Annual report on the working of the mental hospitals in the Madras Presidency - 1912-1932
Year: 1912
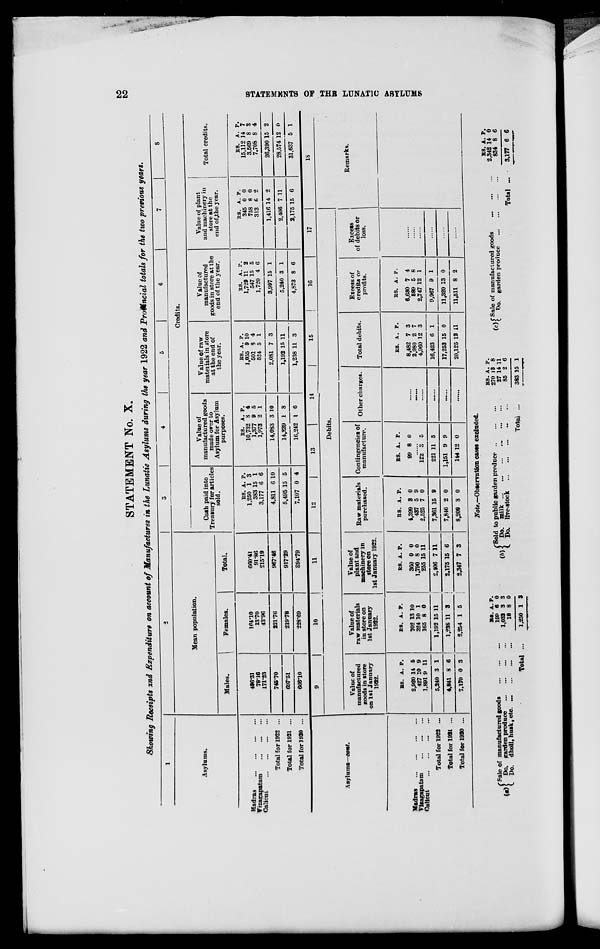
22
STATEMENTS
OF THE LUNATIC ASYLUMS
STATEMENT No. X.
Showing Receipts and Expenditure on account of Manufactures in the Lunatic Asylums during the year 1922 and Provincial totals for the two previous years.
1
Asylums.
Madras
...
...
...
...
Vizagapatam
...
...
...
Calicut
...
...
...
...
Total for 1922 ...
Total for 1921 ...
Total for 1920 ...
2
Mean population.
Males.
496.31
78.16
171.23
745.70
697.51
666.10
Females.
164.10
13.70
43.96
221.76
219.78
228.69
Total.
660.41
91.86
215.19
967.46
917.29
894.79
3
4
5
6
7
8
Credits.
Cash paid into
Treasury for articles
sold.
RS.
1,250
383
3,177
4,811
5,495
7,107
A.
1
15
6
6
15
0
P.
3
1
6
10
5
4
Value of
manufactured goods
made over to
Asylum for Asylum
purposes.
RS.
10,732
1,377
1,973
14,083
14,239
16,242
A.
8
9
2
3
1
1
P.
4
5
1
10
8
6
Value of raw
materials in store
at the end of
the year.
RS.
1,035
501
524
2,081
1,192
1,238
A.
9
8
5
7
15
11
P.
10
4
1
3
11
3
Value of
manufactured
goods in store at the
end of the year.
RS.
1,729
547
1,720
3,997
5,240
4,873
A.
11
15
4
15
3
8
P.
2
5
6
1
1
6
Value of plant
and machinery in
store at the
end of the year.
RS.
345
758
313
1,416
2,406
2,175
A.
0
8
6
14
7
15
P.
0
0
2
2
11
6
Total credits.
RS.
15,112
3,569
7,708
26,390
28,574
31,637
A.
14
8
8
15
12
5
P.
7
3
4
2
0
1
Asylums—cont.
Madras
...
...
...
...
Vizagapatam ... ... ...
Calicut
...
...
...
...
Total for 1922 ...
Total for 1921 ...
Total for 1920 ...
9
10
11
12
13
14
15
16
17
Debits.
Value of
manufactured
goods in store
on 1st January
1922.
RS.
2,920
427
1,891
5,240
4,841
7,170
A.
14
10
9
3
8
0
P.
5
9
11
1
6
3
Value of
raw materials
in store on
1st January
1922.
RS.
702
324
165
1,192
1,236
2,254
A.
13
10
8
15
11
1
P.
10
1
0
11
3
5
Value of
plant and
machinery in
store on
1st January 1922.
RS.
360
1,790
235
2,406
2,175
2,347
A.
0
8
15
7
15
7
P.
0
0
11
11
6
3
Raw materials
purchased.
RS.
4,399
437
2,525
7,361
7,846
8,209
A.
3
5
7
15
2
3
P.
0
9
0
9
0
0
Contingencies of
manufacture.
RS.
99
A.
8
P.
0
......
122
221
1,151
144
3
11
9
12
5
5
9
0
Other charges.
......
......
......
......
......
......
Total debits.
RS.
8,482
2,980
4,960
16,423
17,253
20,125
A.
7
2
12
6
15
12
P.
3
7
3
1
0
11
Excess of
credits or
profits.
RS.
6,630
589
2,747
9,967
11,320
11,511
A.
7
5
12
9
13
8
P.
4
8
1
1
0
2
Excess
of debits or
loss.
......
......
......
......
......
......
18
Remarks.
Note.—Observation cases excluded.
(a)
Sale of manufactured goods
...
...
...
Do. garden produce
...
...
...
...
Do. dholl, husk, etc ... ... ... ...
Total ...
RS.
199
1,032
18
1,250
A.
6
3
8
1
P.
0
3
0
3
(b)
Sold to public garden produce
...
...
...
Do. milk
...
...
...
...
...
...
Do. live-stock
...
...
...
...
Total ...
RS.
270
27
85
383
A.
13
14
2
15
P.
8
11
6
1
(c) Sale of manufactured goods ... ... ...
Do. garden produce
...
...
...
...
Total ...
RS.
2,342
834
3,177
A.
14
8
6
P.
0
6
6